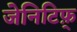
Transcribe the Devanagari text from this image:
जेनिटिफ़्